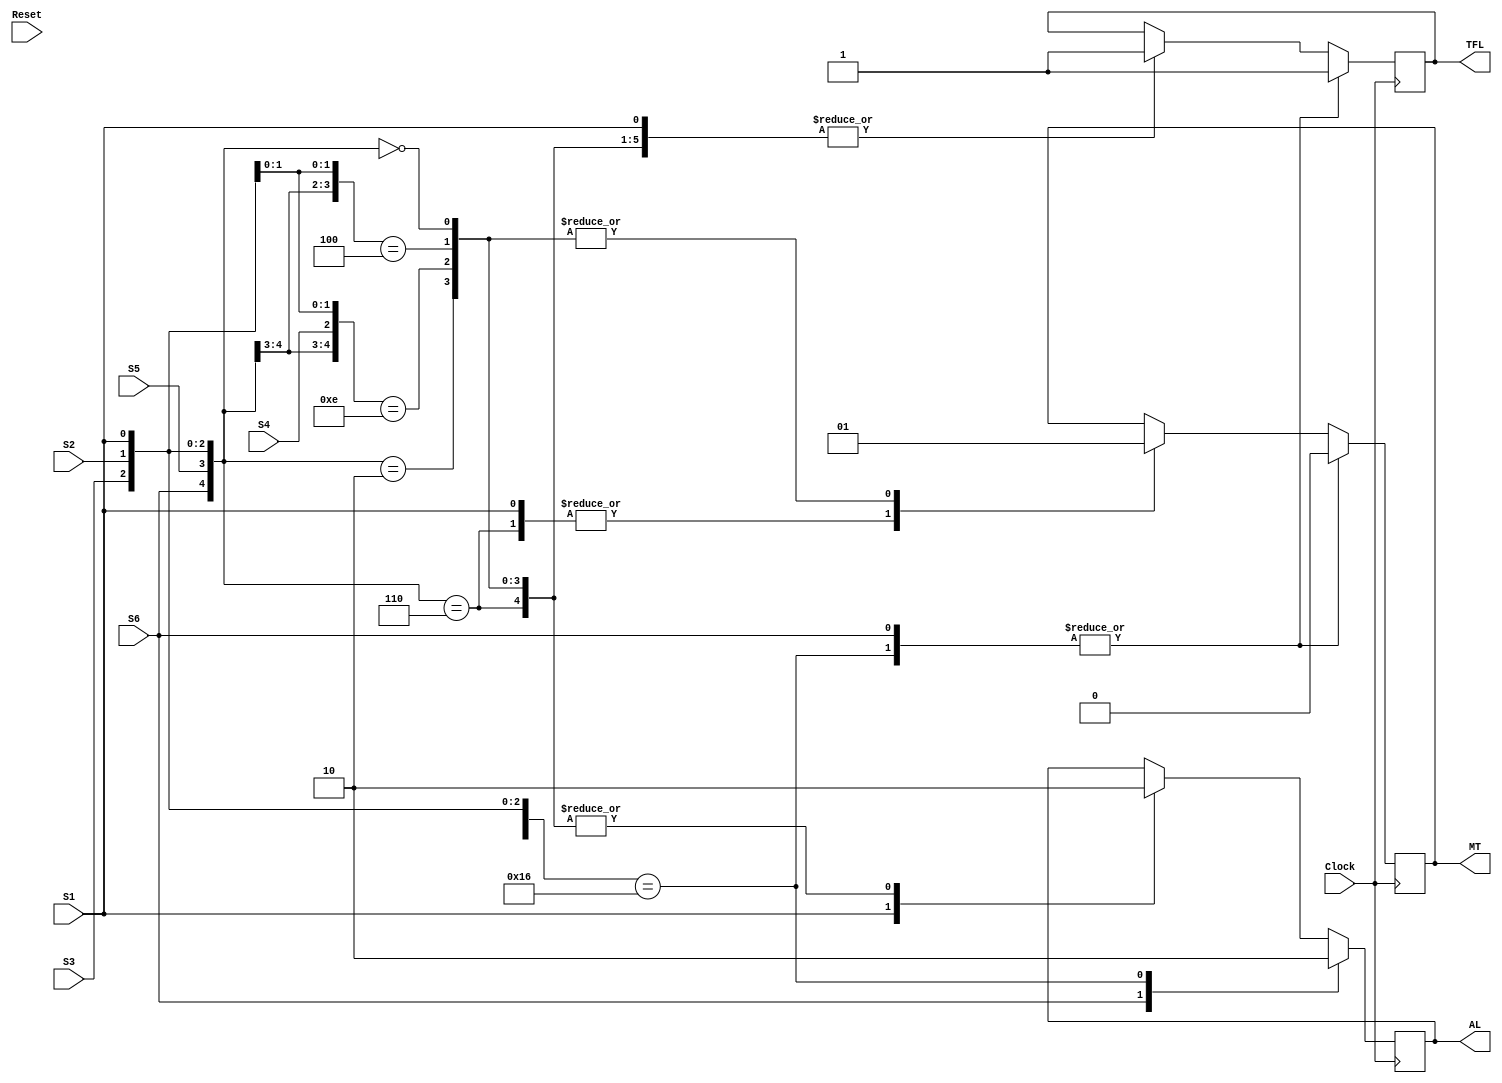
module state_upright(Clock, Reset, S1, S2, S3, S4, S5, S6, MT, AL, TFL);
  input Clock, Reset, S1, S2, S3, S4, S5, S6;
  output reg MT, AL, TFL;
  always @(posedge Clock)
    begin
      casez({S6, S5, S4, S3, S2, S1})
        6'b1?????: begin
          $display("Caso 1");
          FutureState = Uprigth;
          MT = 1'b0;
          AL = 1'b1;
          TFL = 1'b1;
        end
        6'b010110: begin
          $display("Caso 2");
          FutureState = Uprigth;
          MT = 1'b0;
          AL = 1'b0;
          TFL = 1'b1;
        end
        6'b?????1: begin
          $display("Caso 3");
          FutureState = Uprigth;
          MT = 1'b0;
          AL = 1'b1;
          TFL = 1'b1;
        end
        6'b00?110: begin
          $display("Caso 4");
          FutureState = Uprigth;
          MT = 1'b0;
          AL = 1'b0;
          TFL = 1'b1;
        end
        6'b00?010: begin
          $display("Caso 5");
          FutureState = Uprigth;
          MT = 1'b1;
          AL = 1'b0;
          TFL = 1'b1;
        end
        6'b011?10: begin
          $display("Caso 6");
          FutureState = Uprigth;
          MT = 1'b1;
          AL = 1'b0;
          TFL = 1'b1;
        end
        6'b01??00: begin
          $display("Caso 7");
          FutureState = Lowering;
          MT = 1'b1;
          AL = 1'b0;
          TFL = 1'b1;
        end
        6'b00?000: begin
          $display("Caso 8");
          FutureState = Lowering;
          MT = 1'b1;
          AL = 1'b0;
          TFL = 1'b1;
        end
      endcase
    end
endmodule